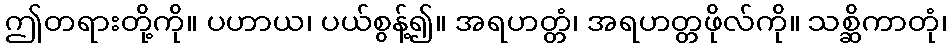
ဤတရားတို့ကို။ ပဟာယ၊ ပယ်စွန့်၍။ အရဟတ္တံ၊ အရဟတ္တဖိုလ်ကို။ သစ္ဆိကာတုံ၊